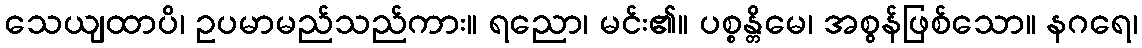
သေယျထာပိ၊ ဥပမာမည်သည်ကား။ ရညော၊ မင်း၏။ ပစ္စန္တိမေ၊ အစွန်ဖြစ်သော။ နဂရေ၊